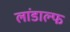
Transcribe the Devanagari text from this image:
लांडाल्फ